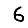
Digit: 6